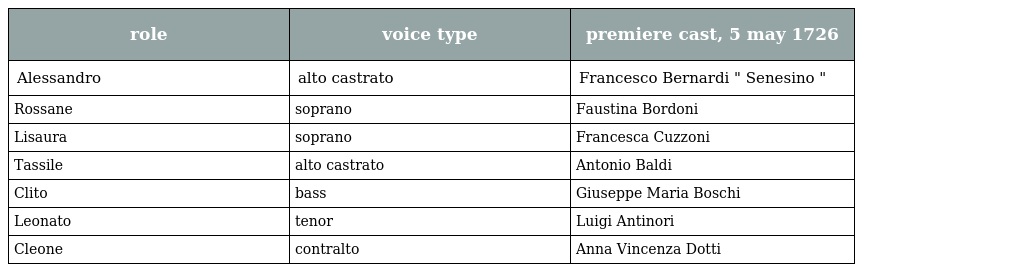
| role | voice type | premiere cast, 5 may 1726 |
 | --- | --- | --- |
 | Alessandro | alto castrato | Francesco Bernardi " Senesino " |
 | Rossane | soprano | Faustina Bordoni |
 | Lisaura | soprano | Francesca Cuzzoni |
 | Tassile | alto castrato | Antonio Baldi |
 | Clito | bass | Giuseppe Maria Boschi |
 | Leonato | tenor | Luigi Antinori |
 | Cleone | contralto | Anna Vincenza Dotti |